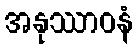
အနုဿာဝနံ